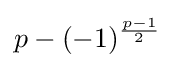
p-(-1)^{\frac {p-1}{2}}